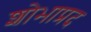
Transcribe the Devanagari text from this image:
शोभाप्रद